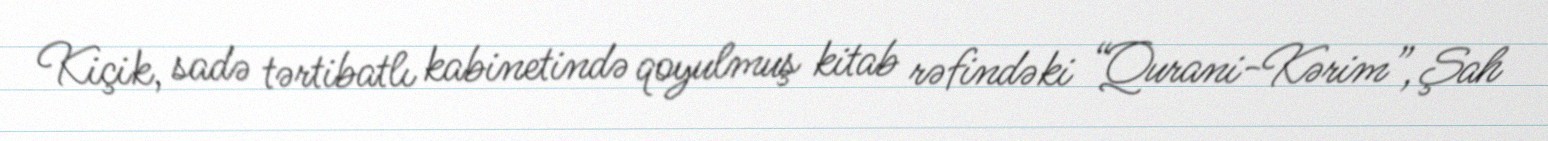
Kiçik, sadə tərtibatlı kabinetində qoyulmuş kitab rəfindəki “Qurani-Kərim”, Şah